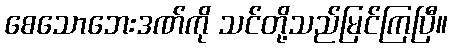
စေသောဘေးဒဏ်ကို သင်တို့သည်မြင်ကြပြီ။